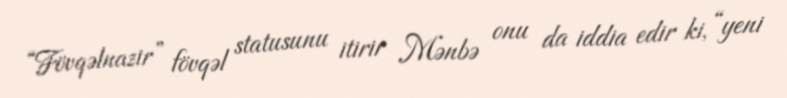
“Fövqəlnazir” fövqəl statusunu itirir Mənbə onu da iddia edir ki, “yeni